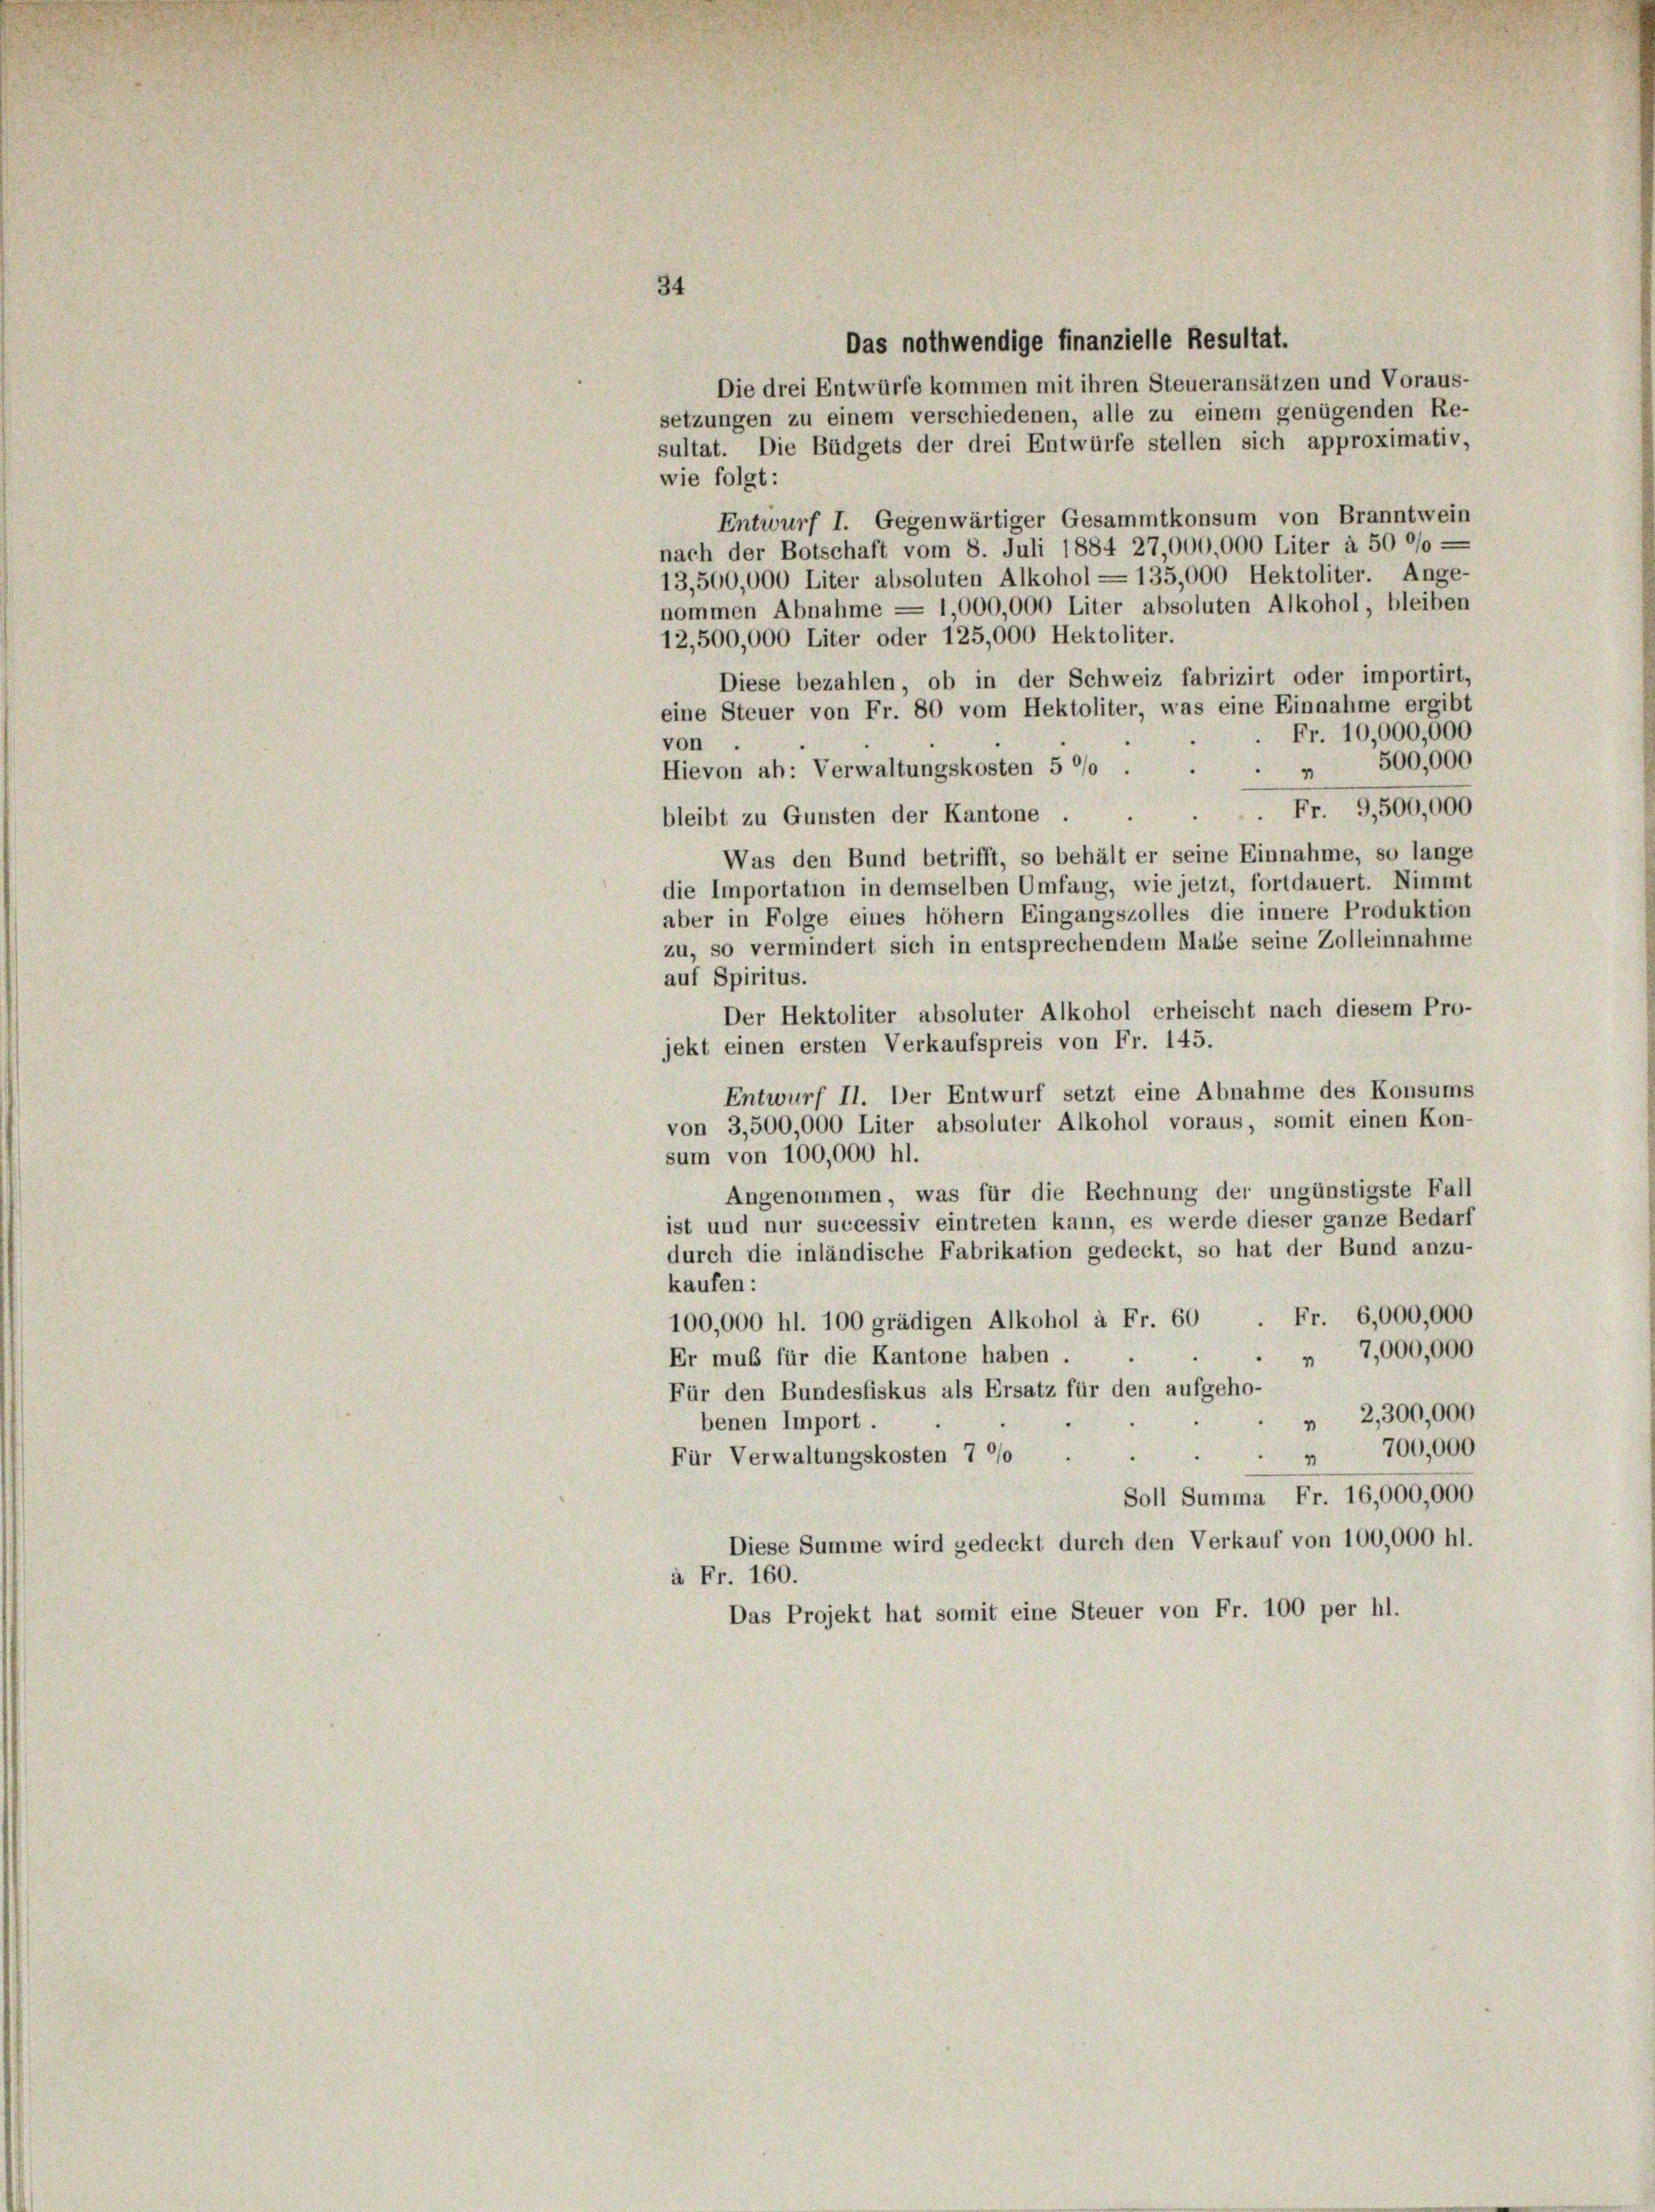
34

Das nothwendige finanzielle Resultat.
Die drei Entwürfe kommen mit ihren Steueransätzen und Voraus-
setzungen zu einem verschiedenen, alle zu einem genügenden Re-
sultat. Die Büdgets der drei Entwürfe stellen sich approximativ,
wie folgt:
Entwurf I. Gegenwärtiger Gesammtkonsum von Branntwein
nach der Botschaft vom 8. Juli 1884 27,000,000 Liter à 50 °/0 —
13,500,000 Liter absoluten Alkohol = 135,000 Hektoliter. Ange-
nommen Abnahme = 1,000,000 Liter absoluten Alkohol, bleiben
12,500,000 Liter oder 125,000 Hektoliter.
Diese bezahlen, ob in der Schweiz fabrizirt oder importirt,
eine Steuer von Fr. 80 vom Hektoliter, was eine Einnahme ergibt
Fr. 10,000,000
von
" 500,000
Hievon ab: Verwaltungskosten 5 °/o .
 Fr. 9,500,000
bleibt zu Gunsten der Kantone,
Was den Bund betrifft, so behält er seine Einnahme, so lange
die Importation in demselben Umfang, wie jetzt, fortdauert. Nimmt
aber in Folge eines höhem Eingangszolles die innere Produktion
zu, so vermindert sich in entsprechendem Masse seine Zolleinnahme
auf Spiritus.
Der Hektoliter absoluter Alkohol erheischt nach diesem Pro-
jekt einen ersten Verkaufspreis von Fr. 145.
Entwurf II. Der Entwurf setzt eine Abnahme des Konsums
von 3,500,000 Liter absoluter Alkohol voraus, somit einen Kon-
sum von 100,000 hl.
Angenommen, was für die Rechnung der ungünstigste Fall
ist und nur successiv eintreten kann, es werde dieser ganze Bedarf
durch die inländische Fabrikation gedeckt, so hat der Bund anzu-
kaufen:
100,000 hl. 100 grädigen Alkohol à Fr. 60. Fr. 6,000,000
7,000,000
Er muß für die Kantone haben .
Für den Bundesfiskus als Ersatz für den aufgeho-
 2,300,000
benen Import .
" 700,000
Für Verwaltungskosten 7 0/0
Soll Summa Fr. 16,000,000
Diese Summe wird gedeckt durch den Verkauf von 100,000 hl.
à Fr. 160.
Das Projekt hat somit eine Steuer von Fr. 100 per hl.